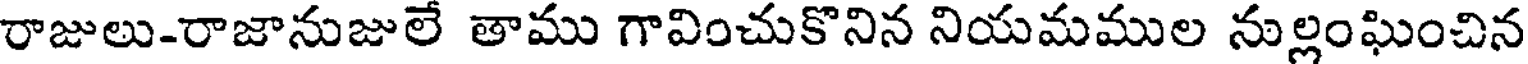
రాజులు-రాజానుజులే తాము గావించుకొనిన నియమముల నుల్లంఘించిన